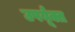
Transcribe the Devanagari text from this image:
उपर्यूक्त